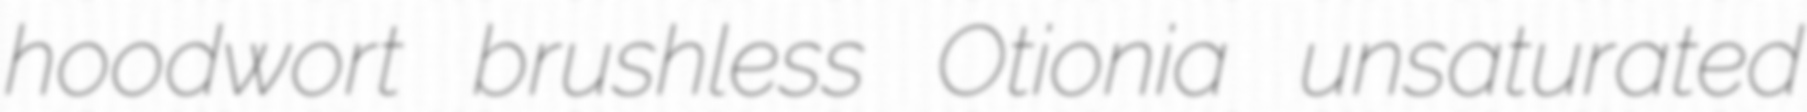
hoodwort brushless Otionia unsaturated